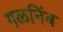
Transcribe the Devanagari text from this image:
गळनिंब